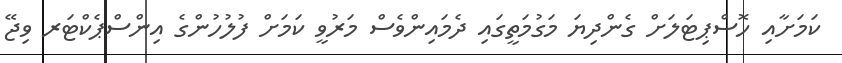
ކަމަށާއި ހޮސްޕިޓަލަށް ގެންދިޔަ މަގުމަތީގައި ދެމައިންވެސް މަރުވީ ކަމަށް ފުލުހުންގެ އިންސްޕެކްޓަރ ވިޖޭ